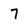
Character: 7